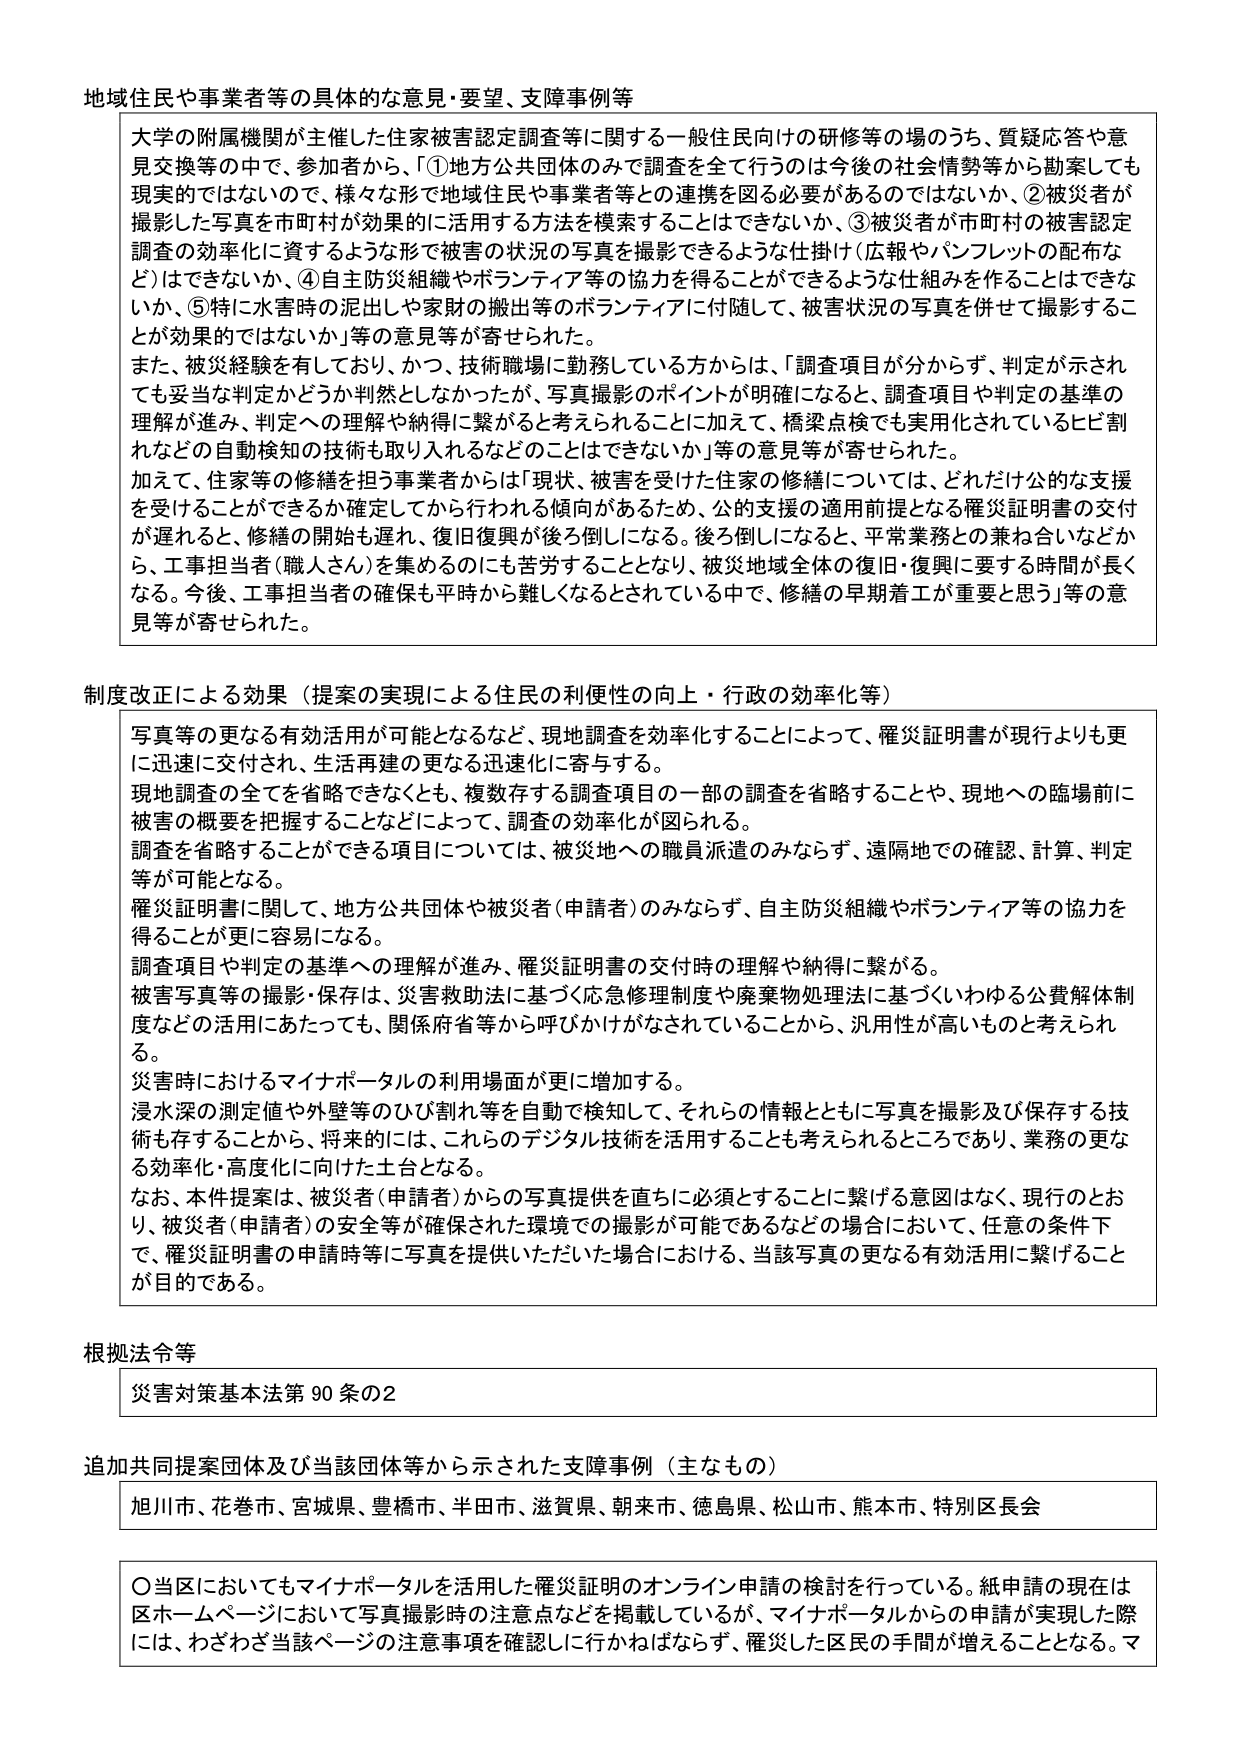
地域住民や事業者等の具体的な意見・要望、支障事例等

大学の附属機関が主催した住家被害認定調査等に関する一般住民向けの研修等の場のうち、質疑応答や意見交換等の中で、参加者から、「①地方公共団体のみで調査を全て行うのは今後の社会情勢等から勘案しても現実ではないので、様々な形で地域住民や事業者等との連携を図る必要があるのではないか、②被災者が撮影した写真を市町村が効果的に活用する方法を模索することはできないか、③被災者が市町村の被害認定調査の効率化に資するような形で被害の状況の写真を撮影できるような仕掛け（広報やパンフレットの配布など）はできないか、④自主防災組織やボランティア等の協力を得ることができるような仕組みを作ることはできないか、⑤特に水害時の泥出しや家財の搬出等のボランティアに付随して、被害状況の写真を併せて撮影することが効果的ではないか」等の意見等が寄せられた。

また、被災経験を有しており、かつ、技術職場に勤務している方からは、「調査項目が分からず、判定が示されても妥当な判定かどうか判然としなかったが、写真撮影のポイントが明確になると、調査項目や判定の基準の理解が進み、判定への理解や納得に繋がると考えられることに加えて、橋梁点検でも実用化されているヒビ割れなどの自動検知の技術も取り入れるなどすることはできないか」等の意見等が寄せられた。

加えて、住家等の修繕を担う事業者からは「現状、被害を受けた住家の修繕については、どれだけ公的な支援を受けることができるか確定してから行われる傾向があるため、公的支援の適用前提となる罹災証明書の交付が遅れると、修繕の開始も遅れ、復旧復興が後ろ倒しになる。後ろ倒しになると、平常業務との兼ね合いなどから、工事担当者（職人さん）を集めるのにも苦労することとなり、被災地域全体の復旧・復興に要する時間が長くなる。今後、工事担当者の確保も平時から難しくなるとされている中で、修繕の早期着工が重要と思う」等の意見等が寄せられた。

制度改正による効果（提案の実現による住民の利便性の向上・行政の効率化等）

写真等の更なる有効活用が可能となるなど、現地調査を効率化することによって、罹災証明書が現行よりも更に迅速に交付され、生活再建の更なる迅速化に寄与する。

現地調査の全てを省略できなくとも、複数存する調査項目の一部の調査を省略することや、現地への臨場前に被害の概要を把握することなどによって、調査の効率化が図られる。

調査を省略することができる項目については、被災地への職員派遣のみならず、遠隔地での確認、計算、判定等が可能となる。

罹災証明書に関して、地方公共団体や被災者（申請者）のみならず、自主防災組織やボランティア等の協力を得ることが更に容易になる。

調査項目や判定の基準への理解が進み、罹災証明書の交付時の理解や納得に繋がる。

被害写真等の撮影・保存は、災害救助法に基づく応急修理制度や廃棄物処理法に基づくいわゆる公費解体制度などの活用にあたっても、関係府省等から呼びかけがなされていることから、汎用性が高いものと考えられる。

災害時におけるマイナポータルの利用場面が更に増加する。

浸水深の測定値や外壁等のひび割れ等を自動で検知して、それらの情報とともに写真を撮影及び保存する技術も存在することから、将来的には、これらのデジタル技術を活用することも考えられるところであり、業務の更なる効率化・高度化に向けた土台となる。

なお、本件提案は、被災者（申請者）からの写真提供を直ちに必須とすることに繋げる意図はなく、現行のとおり、被災者（申請者）の安全等が確保された環境での撮影が可能であるなどの場合において、任意の条件下で、罹災証明書の申請時に写真を提供いただいた場合における、当該写真の更なる有効活用に繋げることが目的である。

根拠法令等

災害対策基本法第90条の2

追加共同提案団体及び当該団体等から示された支障事例（主なもの）

旭川市、花巻市、宮城県、豊橋市、半田市、滋賀県、朝来市、徳島県、松山市、熊本市、特別区長会

〇当区においてもマイナポータルを活用した罹災証明のオンライン申請の検討を行っている。紙申請の現在は区ホームページにおいて写真撮影時の注意点などを掲載しているが、マイナポータルからの申請が実現した際には、わざわざ当該ページの注意事項を確認しに行かねばならず、罹災した区民の手間が増えることとなる。マ